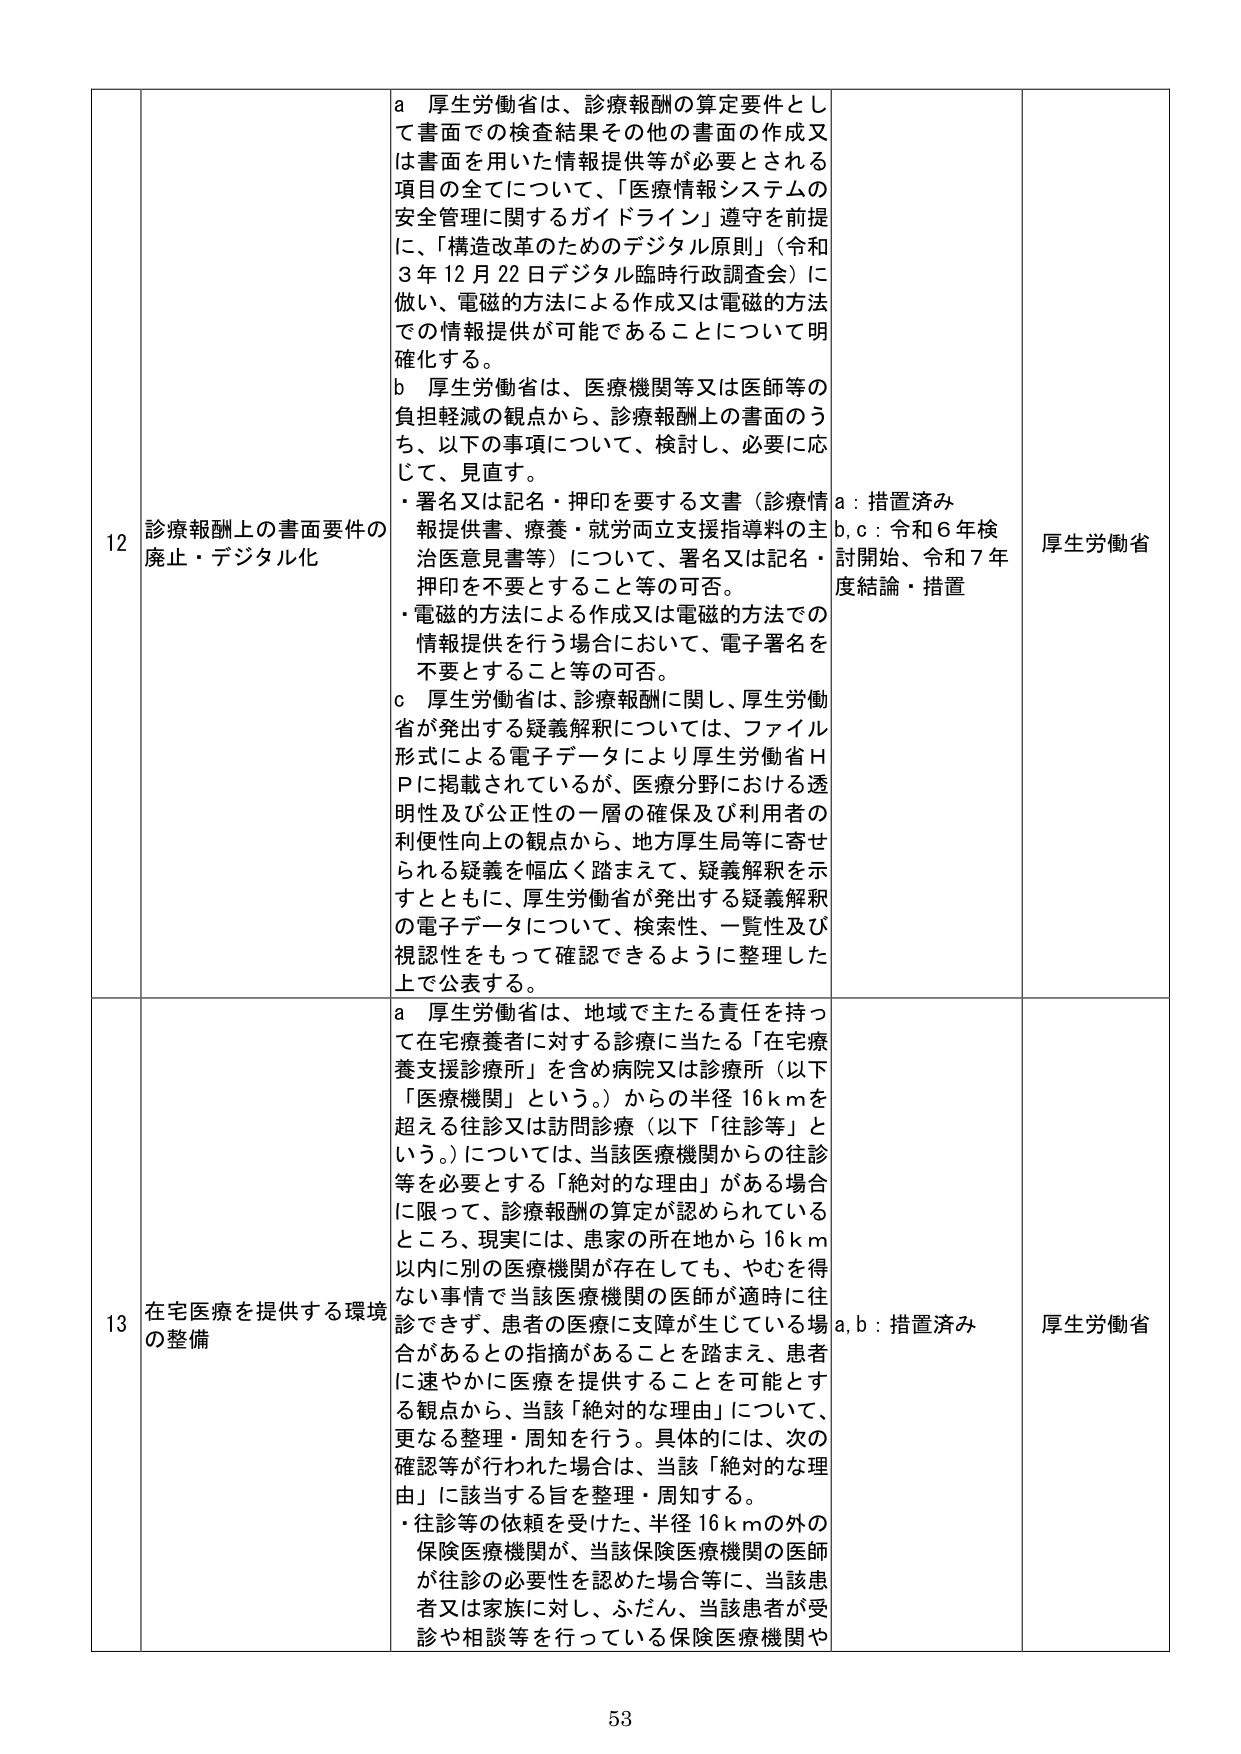
12 診療報酬上の書面要件の廃止・デジタル化
a 厚生労働省は、診療報酬の算定要件として書面での検査結果その他の書面の作成又は書面を用いた情報提供等が必要とされる項目の全てについて、「医療情報システムの安全管理に関するガイドライン」遵守を前提に、「構造改革のためのデジタル原則」（令和3年12月22日デジタル臨時行政調査会）に倣い、電磁的方法による作成又は電磁的方法での情報提供が可能であることについて明確化する。
b 厚生労働省は、医療機関等又は医師等の負担軽減の観点から、診療報酬上の書面のうち、以下の事項について、検討し、必要に応じて、見直す。
・署名又は記名・押印を要する文書（診療情報提供書、療養・就労両立支援指導料の主治医意見書等）について、署名又は記名・押印を不要とすること等の可否。
・電磁的方法による作成又は電磁的方法での情報提供を行う場合において、電子署名を不要とすること等の可否。
c 厚生労働省は、診療報酬に関し、厚生労働省が発出する疑義解釈については、ファイル形式による電子データにより厚生労働省HPに掲載されているが、医療分野における透明性及び公正性の一層の確保及び利用者の利便性向上の観点から、地方厚生局等に寄せられる疑義を幅広く踏まえて、疑義解釈を示すとともに、厚生労働省が発出する疑義解釈の電子データについて、検索性、一覧性及び視認性をもって確認できるように整理した上で公表する。
a：措置済み
b, c：令和6年検討開始、令和7年度結論・措置
厚生労働省

13 在宅医療を提供する環境の整備
a 厚生労働省は、地域で主たる責任を持って在宅療養者に対する診療に当たる「在宅療養支援診療所」を含め病院又は診療所（以下「医療機関」という。）からの半径16kmを超える往診又は訪問診療（以下「往診等」という。）については、当該医療機関からの往診等を必要とする「絶対的な理由」がある場合に限って、診療報酬の算定が認められているところ、現実には、患者の所在地から16km以内に別の医療機関が存在しても、やむを得ない事情で当該医療機関の医師が適時に往診できず、患者の医療に支障が生じている場合があるとの指摘があることを踏まえ、患者に速やかに医療を提供することを可能とする観点から、当該「絶対的な理由」について、更なる整理・周知を行う。具体的には、次の確認等が行われた場合は、当該「絶対的な理由」に該当する旨を整理・周知する。
・往診等の依頼を受けた、半径16kmの外の保険医療機関が、当該保険医療機関の医師が往診の必要性を認めた場合等に、当該患者又は家族に対し、ふだん、当該患者が受診や相談等を行っている保険医療機関や
a, b：措置済み
厚生労働省

53